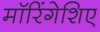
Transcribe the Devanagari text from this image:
मॉरिंगेशिए